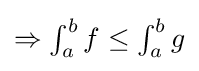
{\textstyle \Rightarrow \int _{a}^{b}f\leq \int _{a}^{b}g}